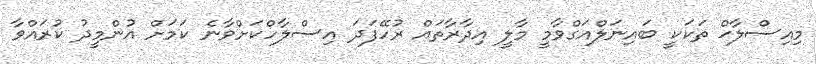
މިއިސްލާޙް ތަކަކީ ބައިނަލްއަގްވާމީ މާލީ އިދާރާތައް ރުހޭފަދަ އިސްލާހްކަށްވާނެ ކަމަށް އުންމީދު ކުރައްވާ